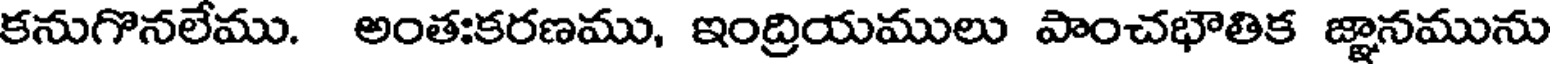
కనుగొనలేము. అంతఃకరణము, ఇంద్రియములు పాంచభౌతిక జ్ఞానమును